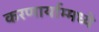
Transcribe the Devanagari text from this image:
करणार्याम्मध्ये